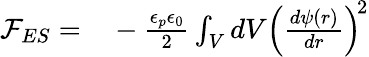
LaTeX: \begin{array}{rl}{\mathcal{F}_{ES}=}&{{}-\frac{\epsilon_{p}\epsilon_{0}}{2}\int_{V}dV\left(\frac{d\psi(r)}{dr}\right)^{\! 2}}\end{array}